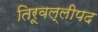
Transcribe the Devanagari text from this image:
तिरूवल्लीपद